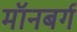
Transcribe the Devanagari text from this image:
मॉनबर्ग